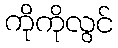
ကိုကိုလွင်